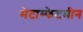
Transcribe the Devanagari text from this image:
मेटाम्फेटमीन